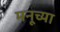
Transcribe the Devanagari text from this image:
मनूच्या